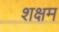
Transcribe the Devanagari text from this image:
शक्षम